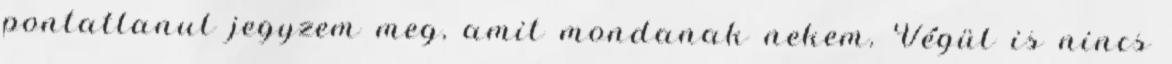
pontatlanul jegyzem meg, amit mondanak nekem. Végül is nincs